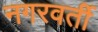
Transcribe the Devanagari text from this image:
नगरवर्ती